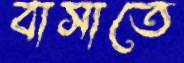
বাসাতে